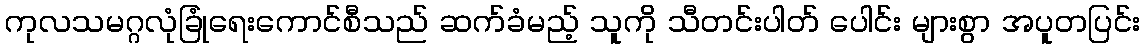
ကုလသမဂ္ဂလုံခြုံရေးကောင်စီသည် ဆက်ခံမည့် သူကို သီတင်းပါတ် ပေါင်း များစွာ အပူတပြင်း